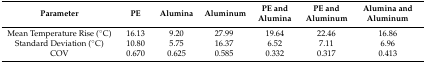
| Parameter | PE | Alumina | Aluminum | PE and Alumina | PE and Aluminum | Alumina and Aluminum |
 | --- | --- | --- | --- | --- | --- | --- |
 | Mean Temperature Rise (°C) | 16.13 | 9.20 | 27.99 | 19.64 | 22.46 | 16.86 |
 | Standard Deviation (°C) | 10.80 | 5.75 | 16.37 | 6.52 | 7.11 | 6.96 |
 | COV | 0.670 | 0.625 | 0.585 | 0.332 | 0.317 | 0.413 |